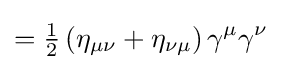
={\tfrac {1}{2}}\left(\eta _{\mu \nu }+\eta _{\nu \mu }\right)\gamma ^{\mu }\gamma ^{\nu }